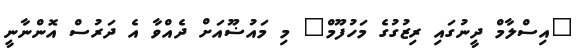
"އިސްލާމް ދީނުގައި ރިޒުގުގެ މަހުފޫމް" މި މައުޟޫއަށް ދެއްވާ އެ ދަރުސް އޮންނާނީ